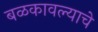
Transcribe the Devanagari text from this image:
बळकावल्याचे